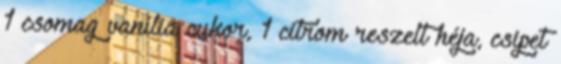
1 csomag vanília cukor, 1 citrom reszelt héja, csipet